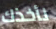
نأخذك